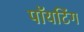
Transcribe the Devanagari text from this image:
पॉयटिंग